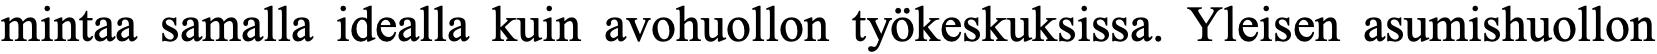
mintaa samalla idealla kuin avohuollon työkeskuksissa. Yleisen asumishuollon